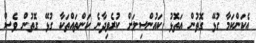
އެކަންކަމާ ގުޅޭ ގޮތުން އަތޮޅު ކައުންސިލަށް ކުރެވިދާނެ ކަންތައްތަކާ ގުޅޭ ގޮތުން ވެސް